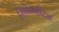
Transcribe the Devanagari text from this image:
लिंफोब्लास्टिक